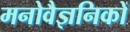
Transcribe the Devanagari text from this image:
मनोवैज्ञनिकों